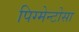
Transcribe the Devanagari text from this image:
पिग्मेन्टोसा